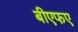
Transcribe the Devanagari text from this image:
बीएफए